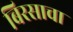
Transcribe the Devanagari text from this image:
बिरसाचा